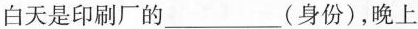
白天是印刷厂的___(身份)，晚上